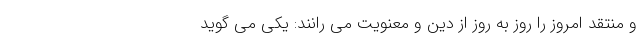
و منتقد امروز را روز به روز از دین و معنویت می رانند: یکی می گوید